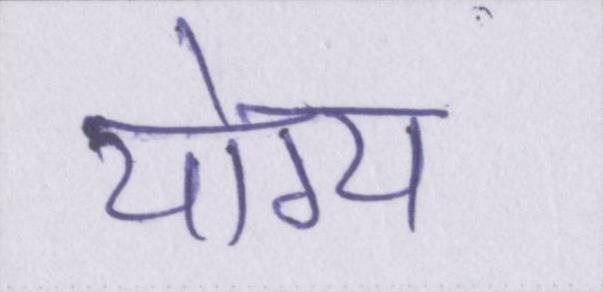
योग्य